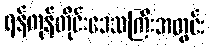
ရန်ကုန်တိုင်းဒေသကြီးအတွင်း